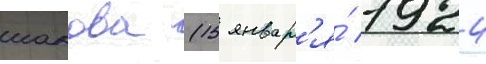
иакова (15 январ'я́ 1924